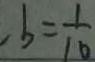
b = \frac { 1 } { 1 6 }